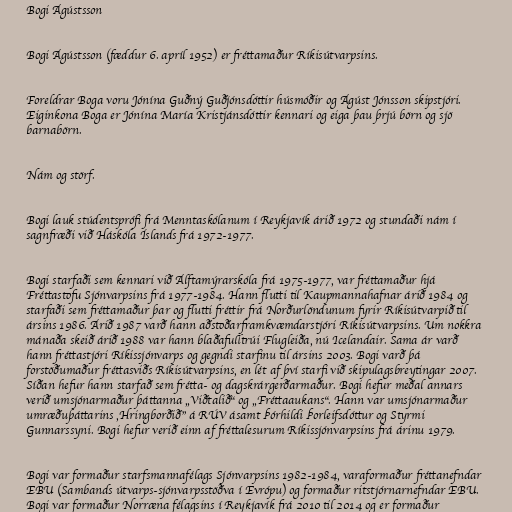
Bogi Ágústsson

Bogi Ágústsson (fæddur 6. apríl 1952) er fréttamaður Ríkisútvarpsins.

Foreldrar Boga voru Jónína Guðný Guðjónsdóttir húsmóðir og Ágúst Jónsson skipstjóri.
Eiginkona Boga er Jónína María Kristjánsdóttir kennari og eiga þau þrjú börn og sjö
barnabörn.

Nám og störf.

Bogi lauk stúdentsprófi frá Menntaskólanum í Reykjavík árið 1972 og stundaði nám í
sagnfræði við Háskóla Íslands frá 1972-1977.

Bogi starfaði sem kennari við Álftamýrarskóla frá 1975-1977, var fréttamaður hjá
Fréttastofu Sjónvarpsins frá 1977-1984. Hann flutti til Kaupmannahafnar árið 1984 og
starfaði sem fréttamaður þar og flutti fréttir frá Norðurlöndunum fyrir Ríkisútvarpið til
ársins 1986. Árið 1987 varð hann aðstoðarframkvæmdarstjóri Ríkisútvarpsins. Um nokkra
mánaða skeið árið 1988 var hann blaðafulltrúi Flugleiða, nú Icelandair. Sama ár varð
hann fréttastjóri Ríkissjónvarps og gegndi starfinu til ársins 2003. Bogi varð þá
forstöðumaður fréttasviðs Ríkisútvarpsins, en lét af því starfi við skipulagsbreytingar 2007.
Síðan hefur hann starfað sem frétta- og dagskrárgerðarmaður. Bogi hefur meðal annars
verið umsjónarmaður þáttanna „Viðtalið“ og „Fréttaaukans“. Hann var umsjónarmaður
umræðuþáttarins ,Hringborðið" á RÚV ásamt Þórhildi Þorleifsdóttur og Styrmi
Gunnarssyni. Bogi hefur verið einn af fréttalesurum Ríkissjónvarpsins frá árinu 1979.

Bogi var formaður starfsmannafélags Sjónvarpsins 1982-1984, varaformaður fréttanefndar
EBU (Sambands útvarps-sjónvarpsstöðva í Evrópu) og formaður ritstjórnarnefndar EBU.
Bogi var formaður Norræna félagsins í Reykjavík frá 2010 til 2014 og er formaður